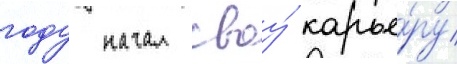
году начал своу́ карье́ру